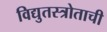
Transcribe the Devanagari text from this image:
विद्युतस्त्रोताची